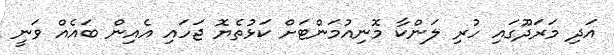
އަދި މަރަދޫގައި ހުރި ލަންކާ މޮނިއުމަންޓަށް ކަޅުތެޔޮ ޖަހައި އެއިން ބައެއް ވަނީ